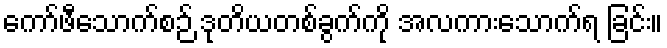
ကော်ဖီသောက်စဉ် ဒုတိယတစ်ခွက်ကို အလကားသောက်ရ ခြင်း။